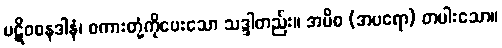
ပဋိဝစနဒါနံ၊ စကားတုံ့ကိုပေးသော သဒ္ဒါတည်း။ အပိစ (အပရော) တပါးသော။